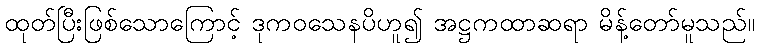
ထုတ်ပြီးဖြစ်သောကြောင့် ဒုကဝသေနပိဟူ၍ အဋ္ဌကထာဆရာ မိန့်တော်မူသည်။